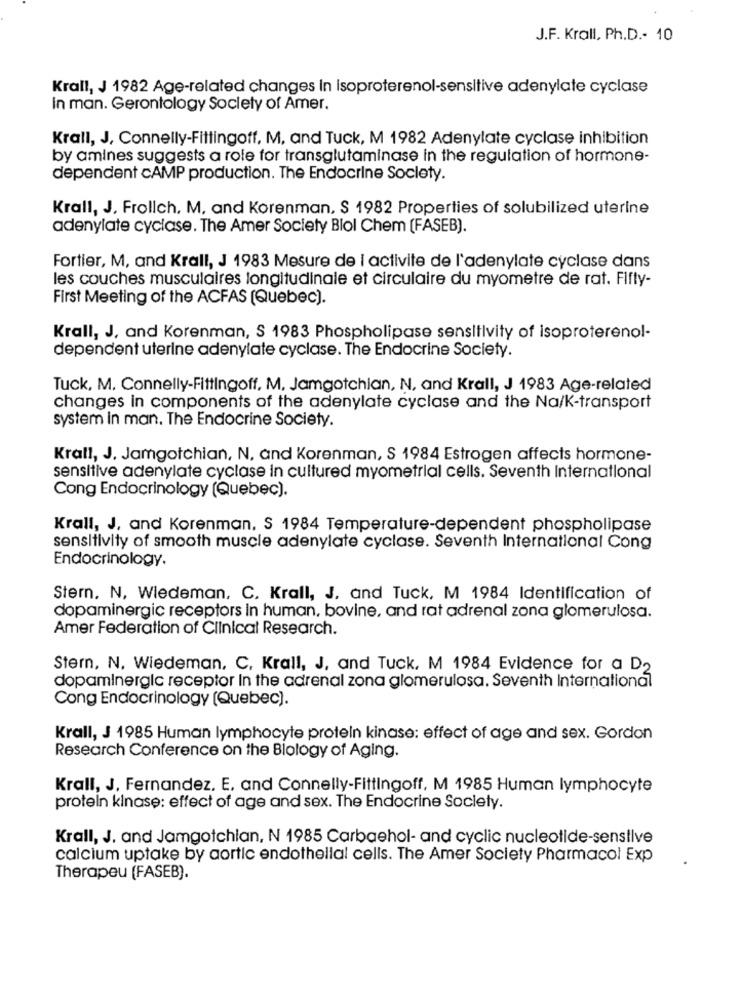
J.F. Krall, Ph.D .- 10
Krall, J 1982 Age-related changes In Isoproterenol-sensitive adenylate cyclase
In man. Gerontology Society of Amer.
Krall, J, Connelly-Fittingoff, M, and Tuck, M 1982 Adenylate cyclase inhibition
by amines suggests a role for transglutaminase in the regulation of hormone-
dependent CAMP production. The Endocrine Society.
Krall, J, Frollch, M, and Korenman, S 1982 Properties of solubilized uterine
adenylate cyclase. The Amer Society Blol Chem (FASEB).
Fortier, M, and Krall, J 1983 Mesure de I activite de l'adenylate cyclase dans
les couches musculaires longitudinale et circulaire du myometre de rat. Fifty-
First Meeting of the ACFAS (Quebec).
Krall, J, and Korenman, S 1983 Phospholipase sensitivity of isoproterenol-
dependent uterine adenylate cyclase. The Endocrine Society.
Tuck, M. Connelly-Fittingoff, M. Jamgotchian, N, and Krall, J 1983 Age-related
changes in components of the adenylate cyclase and the Na/K-transport
system In man. The Endocrine Society.
Krall, J. Jamgotchian, N, and Korenman, S 1984 Estrogen affects hormone-
sensitive adenylate cyclase in cultured myometrial cells. Seventh International
Cong Endocrinology (Quebec).
Krall, J, and Korenman, S 1984 Temperature-dependent phospholipase
sensitivity of smooth muscle adenylate cyclase. Seventh International Cong
Endocrinology.
Stern. N, Wiedeman, C. Krall, J. and Tuck, M 1984 Identification of
dopaminergic receptors in human, bovine, and rat adrenal zona glomerulosa.
Amer Federation of Clinical Research.
Stern, N. Wiedeman, C, Krall, J, and Tuck, M 1984 Evidence for a D2
dopaminergic receptor In the adrenal zona glomerulosa. Seventh International
Cong Endocrinology (Quebec).
Krall, J 1985 Human lymphocyte protein kinase: effect of age and sex. Gordon
Research Conference on the Biology of Aging.
Krall, J. Fernandez, E, and Connelly-Fittingoff, M 1985 Human lymphocyte
protein kinase: effect of age and sex. The Endocrine Society.
Krall, J. and Jamgotchian, N 1985 Carbaehol- and cyclic nucleotide-sensilve
calcium uptake by aortic endothelial cells. The Amer Society Pharmacol Exp
Therapeu (FASEB).